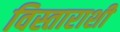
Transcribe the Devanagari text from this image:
विस्ताराशी